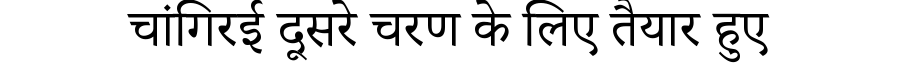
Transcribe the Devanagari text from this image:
चांगिरई दूसरे चरण के लिए तैयार हुए